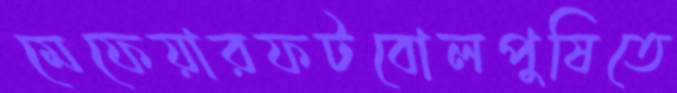
মেফেয়ারফটবোলপুষিতে